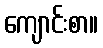
ကျောင်းစာ။